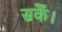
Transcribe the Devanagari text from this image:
सकेँ।